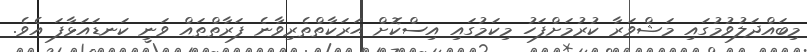
މިބައްދަލުވުމުގައި މަޝްވަރާ ކުރުމަށްފަހު މިކަމުގައި އިސްކޮށް ޙަރަކާތްތެރިވާނެ ފަރާތްތައް ވަނީ ކަނޑައަޅާފަ އެވެ.